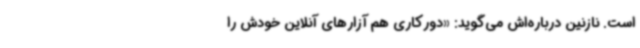
است. نازنین درباره‌اش می‌گوید: «دورکاری هم آزارهای آنلاین خودش را